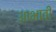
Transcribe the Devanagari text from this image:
आभावी